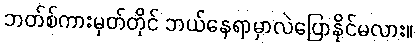
ဘတ်စ်ကားမှတ်တိုင် ဘယ်နေရာမှာလဲပြောနိုင်မလား။